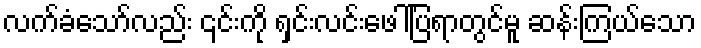
လက်ခံသော်လည်း ၎င်းကို ရှင်းလင်းဖေါ်ပြရာတွင်မူ ဆန်းကြယ်သော